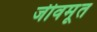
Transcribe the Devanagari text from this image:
जीवमूत